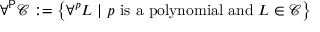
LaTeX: \forall ^ { \mathsf { P } } { \mathcal { C } } : = \left\{ \forall ^ { p } L \ | \ p { \mathrm { ~ i s ~ a ~ p o l y n o m i a l ~ a n d ~ } } L \in { \mathcal { C } } \right\}